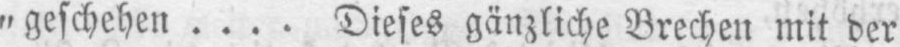
„geschehen .... Dieses gänzliche Brechen mit der